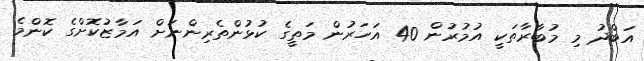
އަބްދު މި މުބާރާތަކީ އުމުރުން 40 އަހަރުން މަތީގެ ކުޅުންތެރިންނަށް އަމާޒުކޮށްގެ ކޮންމެ